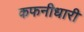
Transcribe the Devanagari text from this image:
कफनीधारी